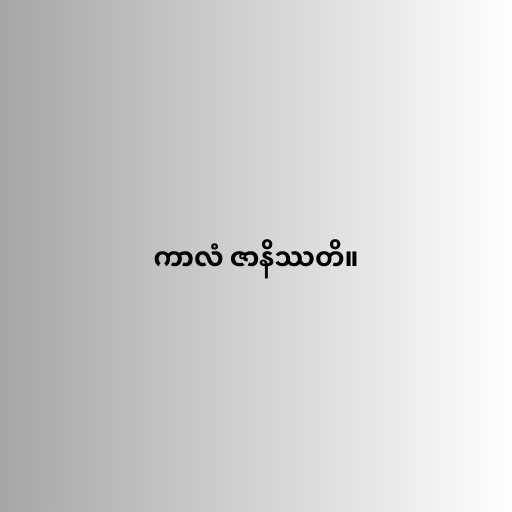
ကာလံ ဇာနိဿတိ။